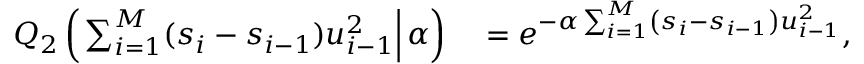
\begin{array} { r l } { Q _ { 2 } \left( \left. \sum _ { i = 1 } ^ { M } ( s _ { i } - s _ { i - 1 } ) u _ { i - 1 } ^ { 2 } \right| \alpha \right) } & { { } = e ^ { - \alpha \sum _ { i = 1 } ^ { M } \left( s _ { i } - s _ { i - 1 } \right) u _ { i - 1 } ^ { 2 } } , } \end{array}